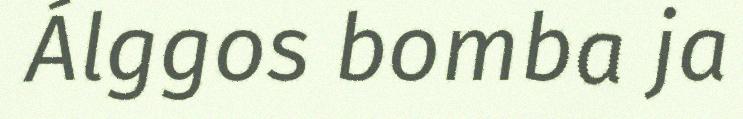
Álggos bomba ja